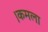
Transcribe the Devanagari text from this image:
।कमला